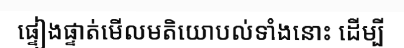
ផ្ទៀងផ្ទាត់មើលមតិយោបល់ទាំងនោះ ដើម្បី